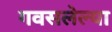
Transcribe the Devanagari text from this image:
गवसलेल्या